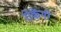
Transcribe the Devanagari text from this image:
रोकेंगी